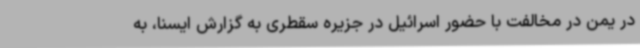
در یمن در مخالفت با حضور اسرائیل در جزیره سقطری به گزارش ایسنا، به